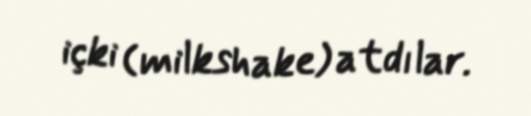
içki (milkshake) atdılar.